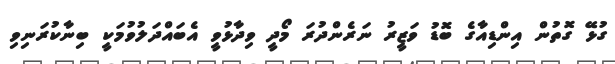
ގުޅޭ ގޮތުން އިންޑިއާގެ ބޮޑު ވަޒީރު ނަރެންދުރަ މޯދީ ވިދާޅުވީ އެބައްދަލުވުމަކީ ބިނާކުރަނިވި